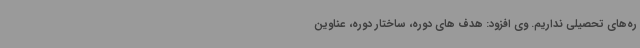
ره‌های تحصیلی نداریم. وی افزود: هدف های دوره، ساختار دوره، عناوین